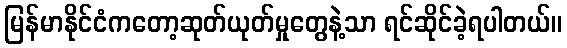
မြန်မာနိုင်ငံကတော့ဆုတ်ယုတ်မှုတွေနဲ့သာ ရင်ဆိုင်ခဲ့ရပါတယ်။